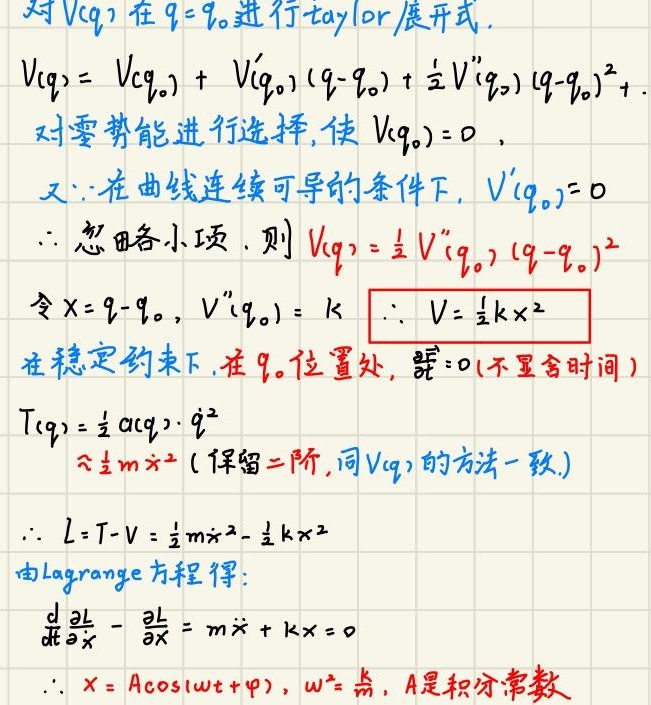
对\(V(q)\)在\(q = q_{0}\)进行taylor展开式.
\(V(q)=V(q_{0})+V'(q_{0})(q - q_{0})+\frac{1}{2}V''(q_{0})(q - q_{0})^{2}+\)
对零势能进行选择, 使\(V(q_{0}) = 0\) ，
又\(\because\)在曲线连续可导的条件下, \(V'(q_{0}) = 0\)
\(\therefore\) 忽略各小项. 则\(V(q)=\frac{1}{2}V''(q_{0})(q - q_{0})^{2}\)
令\(x = q - q_{0}\)，\(V''(q_{0}) = k\) \(\therefore V=\frac{1}{2}kx^{2}\)
在稳定约束下, 在\(q_{0}\)位置处, \(\frac{\partial }{\partial t}=0\)(不显含时间 )
\(T(q)=\frac{1}{2}\alpha(q)\cdot\dot{q}^{2}\)
\(\widehat{=}\frac{1}{2}m\dot{x}^{2}\)(保留二阶,同\(V(q)\)的方法一致.)
\(\therefore L = T - V=\frac{1}{2}m\dot{x}^{2}-\frac{1}{2}kx^{2}\)
由Lagrange方程得:
\(\frac{d}{dt}\frac{\partial L}{\partial\dot{x}}-\frac{\partial L}{\partial x}=m\ddot{x}+kx = 0\)
\(\therefore x = A\cos(\omega t+\varphi)\)，\(\omega^{2}=\frac{k}{m}\)，\(A\)是积分常数